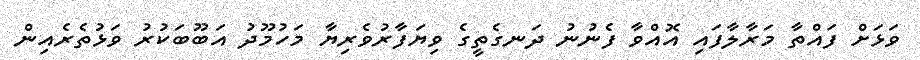
ވަޅަށް ފައްތާ މަރާލާފައި އޮއްވާ ފެނުނު ދަނގެތީގެ ވިޔަފާރުވެރިޔާ މަހުމޫދު އަބޫބަކުރު ވަޅުތެރެއިން